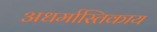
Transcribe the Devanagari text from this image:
अधर्मास्तिकाय